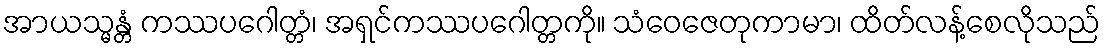
အာယသ္မန္တံ ကဿပဂေါတ္တံ၊ အရှင်ကဿပဂေါတ္တကို။ သံဝေဇေတုကာမာ၊ ထိတ်လန့်စေလိုသည်